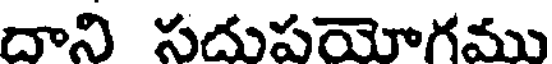
దాని సదుపయోగము